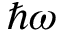
\hbar \omega